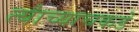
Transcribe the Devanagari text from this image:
त्यांच्याचकडे